Report of the Bombay Plague Committee
Disease focus: Plague
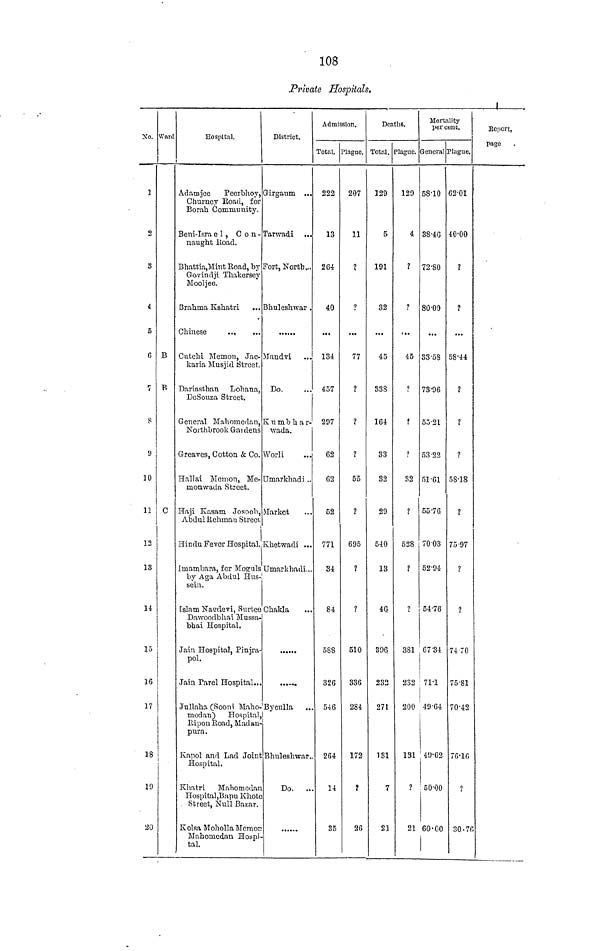
108
Private Hospitals.
No.
1
2
3
4
5
6
7
8
9
10
11
12
13
14
15
16
17
18
19
20
Ward
B
B
C
!
Hospital.
Adamjee
Peerbhoy,
Churney Road, for
Borah Community.
Beni-Israel , C o n -
naught Road.
Bhattia, Mint Road, by
Govindji Thakersey
Mooljee.
Brahma Kshatri
Chinese
Cutchi Memon, Jac-
karia Musjid Street.
Dariasthan
Lohana,
DeSouza Street.
General Mahomedan,
Northbrook Gardens
Greaves, Cotton & Co.
Hallai Memon, Me-
monwada Street.
Haji Kasam Josoob,
Abdul Rehman Street.
Hindu Fever Hospital.
Imambara, for Moguls
by Aga Abdul Hus-
sein.
Islam Nagdevi, Surtee
Dawoodbhai Mussa-
bhai Hospital.
Jain Hospital, Pinjra-
pol.
Jain Parel Hospital...
Jullaha (Sooni Maho-
medan)
Hospital,
Ripon Road, Madan-
pura .
Kapol and Lad Joint
Hospital.
Khatri
Mahomedan
Hospital,Bapu Khote
Street, Null Bazar.
Kolsa Moholla Memon
Mahomedan Hospi-
tal.
District.
Girgaum ...
Tarwadi
Fort, North...
Bhuleshwar .
Mandvi
Do.
Kumbhar-
wada.
Worli
Umarkhadi ..
Market
Khetwadi ...
Umarkhadi .
Chakla
Byculla
Bhuleshwar,
Do.
..
Admission.
Total.
222
13
264
40
134
457
297
62
62
52
771
34
84
588
326
546
264
14
35
Plague.
207
11
?
?
77
?
?
?
55
?
695
?
?
510
336
284
172
?
26
Deaths.
Total.
129
5
191
32
45
338
164
33
32
29
540
13
46
396
232
271
131
7
21
Plague.
129
4
?
?
45
?
?
?
32
?
528
?
1
381
232
200
131
1
21
Mortality
per cent.
General
58·10
38·46
72·80
80·00
33·58
73·96
53·21
53·22
51·61
55·76
70·03
52·94
54·76
67·34
71·1
49·64
49·62
50·00
60·00
Plague.
62·01
40·00
?
?
58·44
?
?
1
58·18
1
75·'97
?
?
74 70
75·81
70·42
76·16
1
30·7
Report,
Page